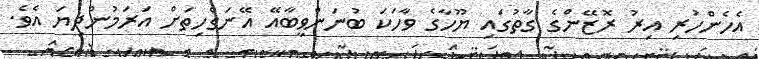
އެހެންހުރި އިރު ރޮޒޭންގެ ގާތުގައި ޔޫހާގެ ވާހަކަ ބުނަންވީބާއޭ އޭނަގެހިތަށް އަރަމުންދިޔަ އެވެ.